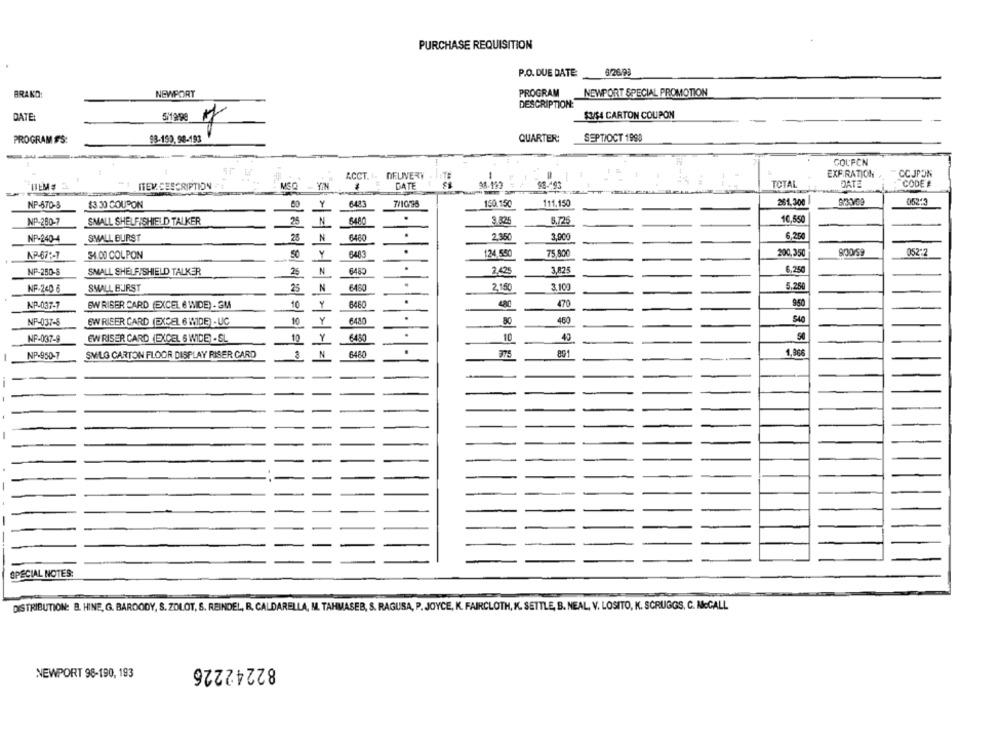
PURCHASE REQUISITION
P.O. DUE DATE:
9/2693
BRAKD:
NEWPORT
PROGRAM
NEWPORT SPECIAL PROMOTION
DESCRIPTION:
DATE:
$3/$4 CARTON COUPON
PROGRAM FS:
93-193, 98-193
QUARTER:
SEPT/OCT 1998
COUPON
ACCT. 1. DELIVERY
EXPIRATION
CC JP ON
ITERDESCRIPTION
DATE
98-493
TOTAL
DATE
CODE E
-
05213
NP-570-3
$3.30 COUPON
80
Y
6423
7/10/98
150.150
111.150
261,300
NP-280-7
SMALL SHELFISHIELD TALKER
25
N
6480
3.825
5,725
10,550
NP-240-4
SMALL BURST
25
N
6480
.
2.050
3,900
6,25
6483
.
124,550
200,350
052+2
KP-671-7
54.00 COLPON
50
Y
75,800
.
NP-280-8
SMALL SHELFISHIELD TALKER
25
N
6483
2.425
3,825
6,250
.
NF-240 6
SMALL BURST
25
N
6480
2.150
3.100
5.250
NP-037-7
GW RISER CARD (EXCEL 6 WIDE) . 3M
10
6460
.
470
950
10
6480
80
460
SAC
NP-037-8
GW RISER CARD (EXCEL 6 IMIDE) - UC
Y
NP-037-9
EW RISER CARD (EXCEL 6 WIDE) - SL
Y
6450
10
40
50
NP-950-7
SMILG CARTON FLOOR DISPLAY RISER CARD
N
6480
891
1,866
SPECIAL NOTES:
DISTRIBUTION: B. HINE, G. BAROODY, S. ZOLOT, S. REINDEL, B. CALDARELLA, M. TAHMASEB, S. RAGUSA, P. JOYCE, K. FAIRCLOTH, K. SETTLE, B. NEAL, V. LOSITO, K. SCRUGGS, C. MeCALL
82242226
NEWPORT 98-190, 193